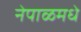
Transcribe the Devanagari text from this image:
नेपाळमधे